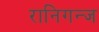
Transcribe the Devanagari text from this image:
रानिगन्ज